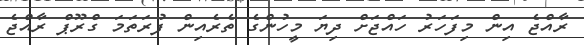
ރާއްޖެ އިން މިފަހަރު ހައްޖަށް ދިޔަ މީހުންގެ ތެރެއިން ފުރަތަމަ ގްރޫޕް ރާއްޖެ